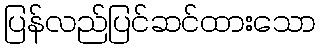
ပြန်လည်ပြင်ဆင်ထားသော